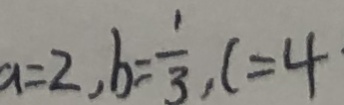
a = 2 , b = \frac { 1 } { 3 } , c = 4